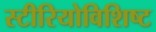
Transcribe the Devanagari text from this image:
स्टीरियोविशिष्ट